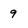
Character: 9